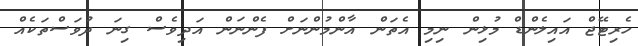
ހެރިޓޭޖް އައިލެންޑް މުޅިން ނިމި އެތަން އާންމުންނަށް ފެންނަން އަދިވެސް ގިނަ ދުވަސްތަކެއް